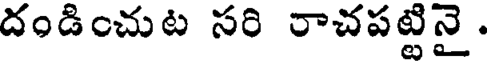
దండించుట సరి రాచపట్టినై .